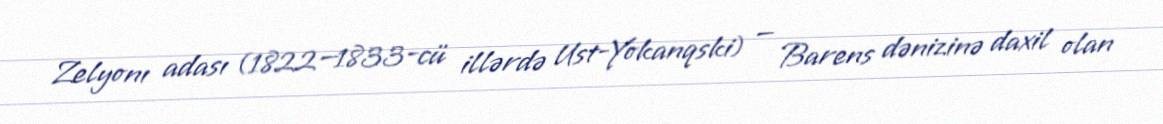
Zelyonı adası (1822—1833-cü illərdə Ust-Yokanqski) — Barens dənizinə daxil olan